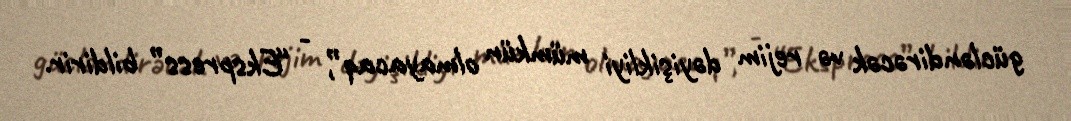
gücləndirəcək və rejim dəyişikliyi mümkün olmayacaq”, - “Ekspress” bildirir.